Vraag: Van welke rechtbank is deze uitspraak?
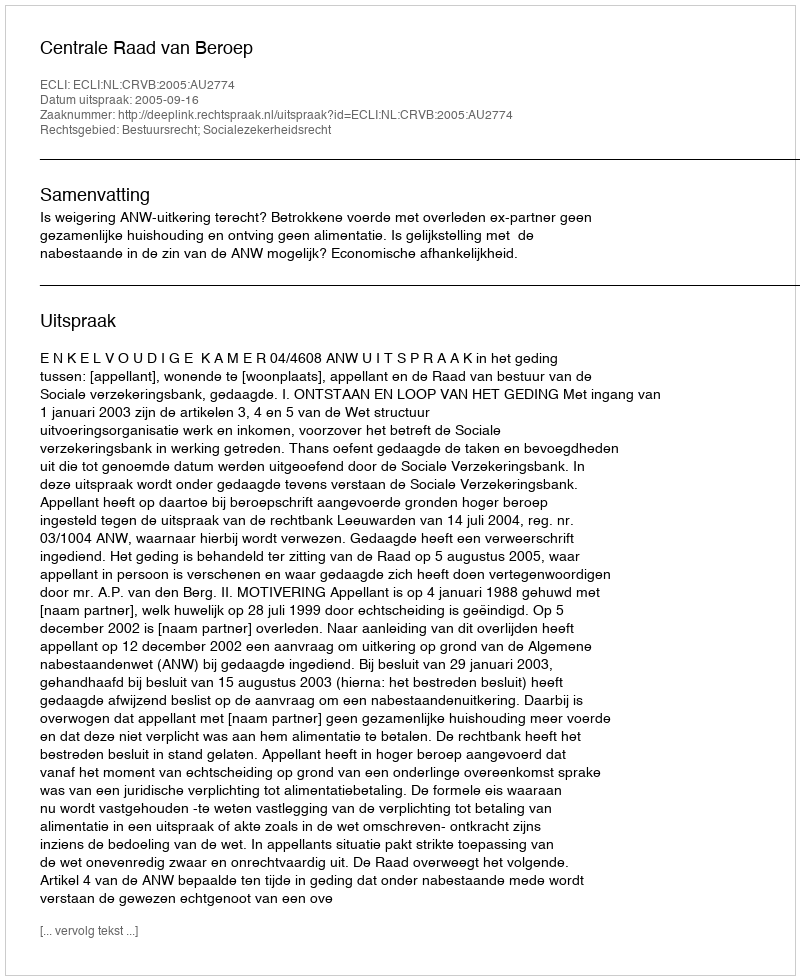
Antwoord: Centrale Raad van Beroep